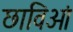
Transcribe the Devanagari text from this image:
छाविओं